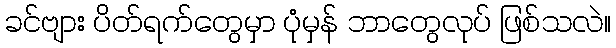
ခင်ဗျား ပိတ်ရက်တွေမှာ ပုံမှန် ဘာတွေလုပ် ဖြစ်သလဲ။